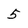
Character: 5